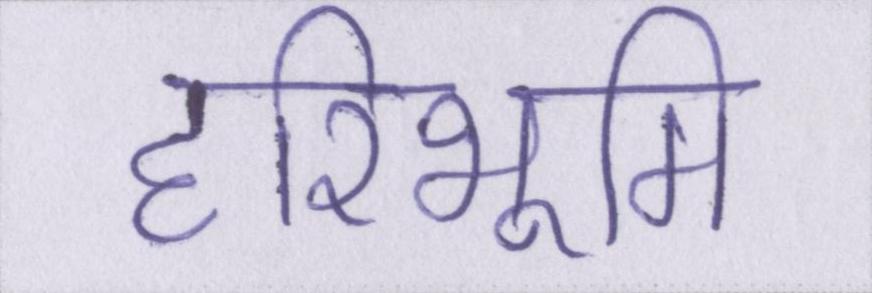
हरिभूमि